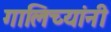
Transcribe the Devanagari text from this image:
गालिच्यांनी